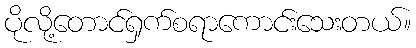
ပိုလို့တောင်ရှက်စရာကောင်းသေးတယ်။